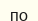
по